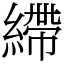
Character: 𦄂